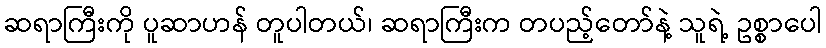
ဆရာကြီးကို ပူဆာဟန် တူပါတယ်၊ ဆရာကြီးက တပည့်တော်နဲ့ သူရဲ့ ဥစ္စာပေါ